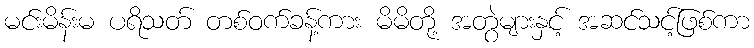
မင်းမိန်းမ ပရိသတ် တစ်ဝက်ခန့်ကား မိမိတို့ အတွဲများနှင့် အဆင်သင့်ဖြစ်ကာ